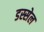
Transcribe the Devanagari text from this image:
डस्सेल